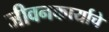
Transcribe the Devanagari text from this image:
जीवनकार्याचे